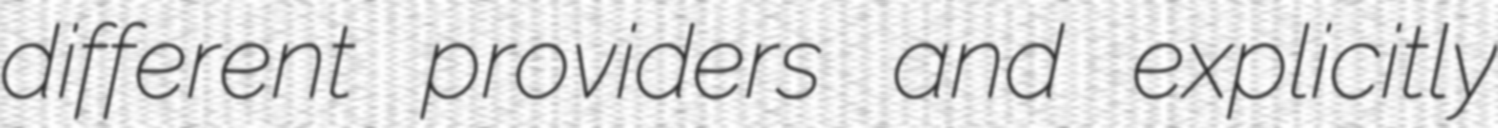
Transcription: different providers and explicitly